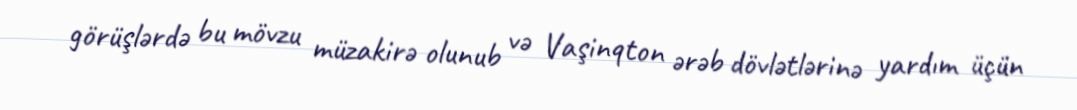
görüşlərdə bu mövzu müzakirə olunub və Vaşinqton ərəb dövlətlərinə yardım üçün